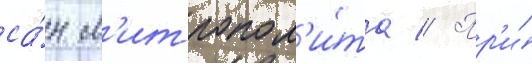
са́н м'итропол'и́та // Пр'и́